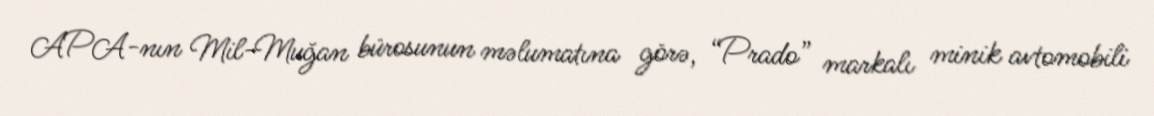
APA-nın Mil-Muğan bürosunun məlumatına görə, “Prado” markalı minik avtomobili